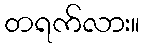
တရက်လား။